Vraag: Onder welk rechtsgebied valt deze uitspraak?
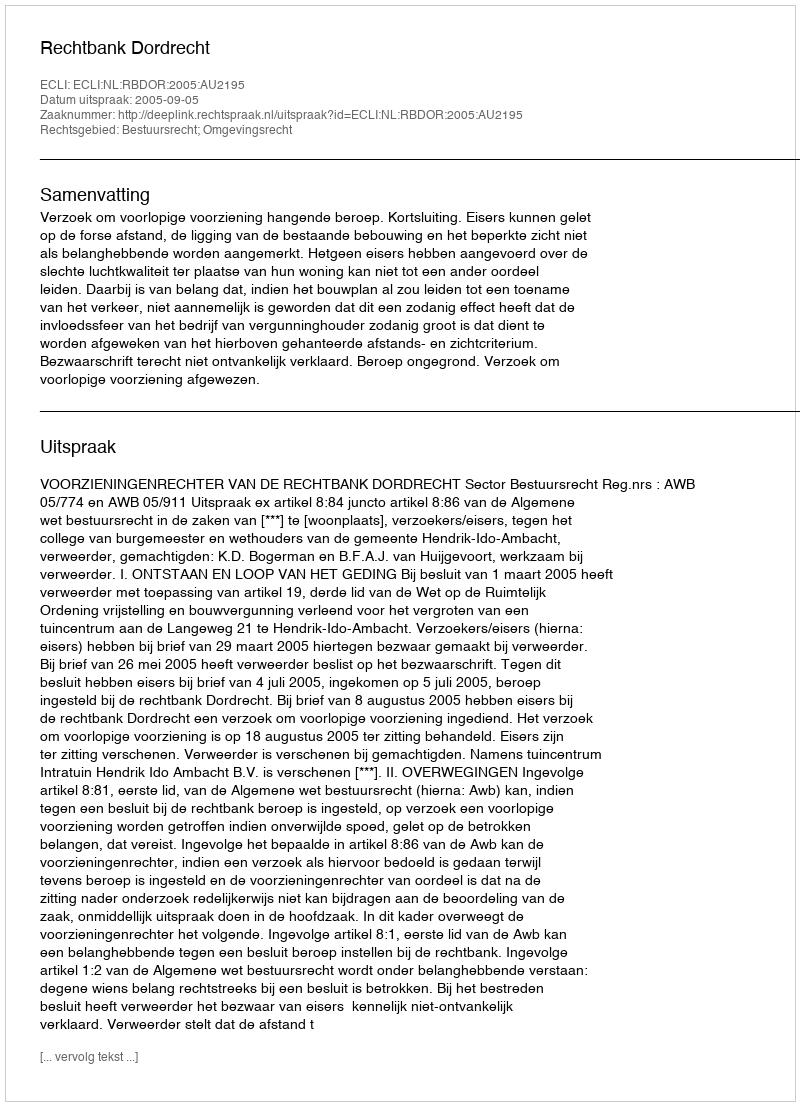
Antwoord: Bestuursrecht; Omgevingsrecht